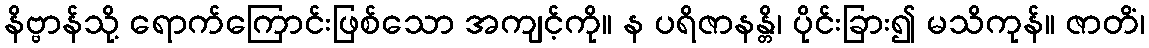
နိဗ္ဗာန်သို့ ရောက်ကြောင်းဖြစ်သော အကျင့်ကို။ န ပရိဇာနန္တိ၊ ပိုင်းခြား၍ မသိကုန်။ ဇာတိံ၊